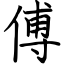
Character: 傅